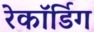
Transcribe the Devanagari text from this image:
रेकॉर्डिग